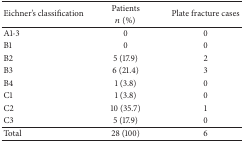
<table><thead><tr><td rowspan="2"><b>Eichner&#x27;s classification</b></td><td><b>Patients </b></td><td rowspan="2"><b>Plate fracture cases</b></td></tr><tr><td><b><i>n</i> (%)</b></td></tr></thead><tbody><tr><td>A1-3</td><td>0</td><td>0</td></tr><tr><td>B1</td><td>0</td><td>0</td></tr><tr><td>B2</td><td>5 (17.9)</td><td>2</td></tr><tr><td>B3</td><td>6 (21.4)</td><td>3</td></tr><tr><td>B4</td><td>1 (3.8)</td><td>0</td></tr><tr><td>C1</td><td>1 (3.8)</td><td>0</td></tr><tr><td>C2</td><td>10 (35.7)</td><td>1</td></tr><tr><td>C3</td><td>5 (17.9)</td><td>0</td></tr><tr><td>Total</td><td>28 (100)</td><td>6</td></tr></tbody></table>